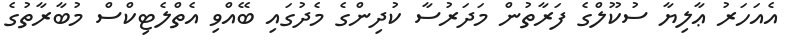
އެއަހަރު ޢާލިޔާ ސުކޫލްގެ ފަރާތުން މަދަރުސާ ކުދިންގެ މެދުގައި ބޭއްވި އެތްލެޓިކްސް މުބާރާތުގެ